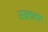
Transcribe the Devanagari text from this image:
अज़तालान